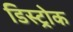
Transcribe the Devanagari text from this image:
डिस्ट्रोक